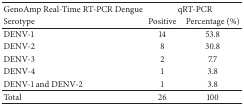
| GenoAmp Real-Time RT-PCR Dengue | <COLSPAN=2> qRT-PCR |
 | Serotype | Positive | Percentage (%) |
 | --- | --- | --- |
 | DENV-1 | 14 | 53.8 |
 | DENV-2 | 8 | 30.8 |
 | DENV-3 | 2 | 7.7 |
 | DENV-4 | 1 | 3.8 |
 | DENV-1 and DENV-2 | 1 | 3.8 |
 | Total | 26 | 100 |